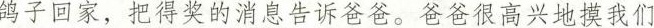
鸽子回家，把得奖的消息告诉爸爸。爸爸很高兴地摸我们